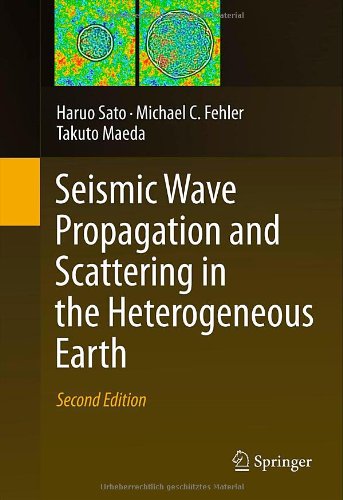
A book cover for Seismic Wave Propagation and Scattering in the Heterogeneous Earth : Second Edition; Haruo Sato; Science & Math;